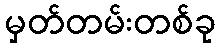
မှတ်တမ်းတစ်ခု